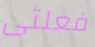
فعلتى